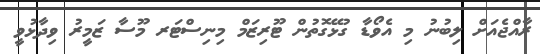
ރާއްޖެއަށް ލިބުނު މި އެވޯޑާ ގުޅޭގޮތުން ޓޫރިޒަމް މިނިސްޓަރ މޫސާ ޒަމީރު ވިދާޅުވީ